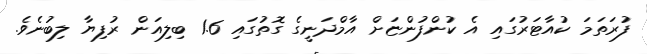
ފުރަތަމަ ކުއާޓަރުގައި އެ ކުންފުންޏަށް އާމްދަނީގެ ގޮތުގައި 1.6 ބިލިއަން ރުފިޔާ ލިބުނެވެ.